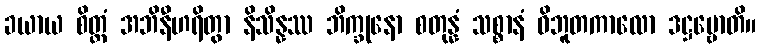
ခယာယ စိတ္တံ အဘိနီဟရိတွာ နိသိန္နဿ ဘိက္ခုနော စတုန္နံ သစ္စာနံ ဝိဘူတကာလော ဒဋ္ဌဗ္ဗောတိ။